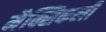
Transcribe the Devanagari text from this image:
मैक्सिकली